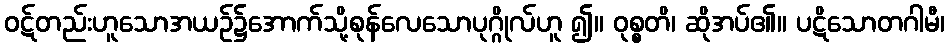
ဝဋ်တည်းဟူသောအယဉ်၌အောက်သို့စုန်လေသောပုဂ္ဂိုလ်ဟူ ၍။ ဝုစ္စတိ၊ ဆိုအပ်၏။ ပဋိသောတဂါမီ၊